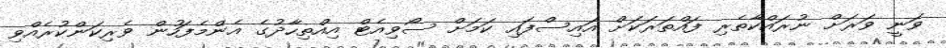
ވަނީ ވަރަށް ނުރައްކާތެރި ފައްތަރަކަށް އައިސްފައި ކަމަށް ސޯވިއެޓް އިއްތިހާދުގެ އެންމެފަހުން ވެރިކަންކުރެއްވި